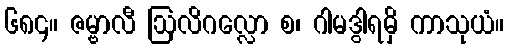
၆၈၄။ ဇမ္ဗာလီ ဩလိဂလ္လော စ၊ ဂါမဒွါရမှိ ကာသုယံ။